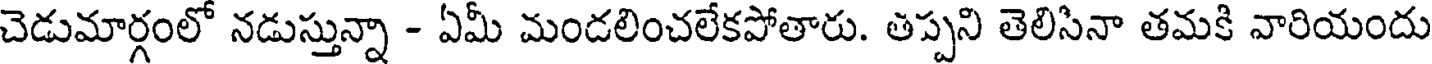
చెడుమార్గంలో నడుస్తున్నా - ఏమీ మండలించలేకపోతారు. తప్పని తెలిసినా తమకి వారియందు